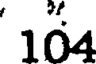
164